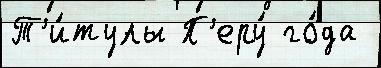
Т'и́тулы П'еру́ го́да